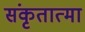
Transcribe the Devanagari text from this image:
संकृतात्मा